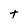
Character: T